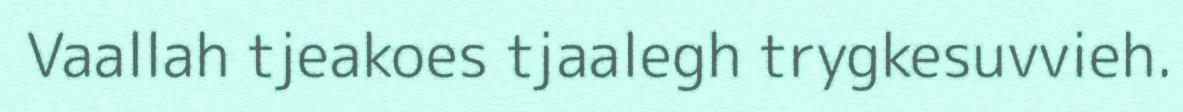
Vaallah tjeakoes tjaalegh trygkesuvvieh.